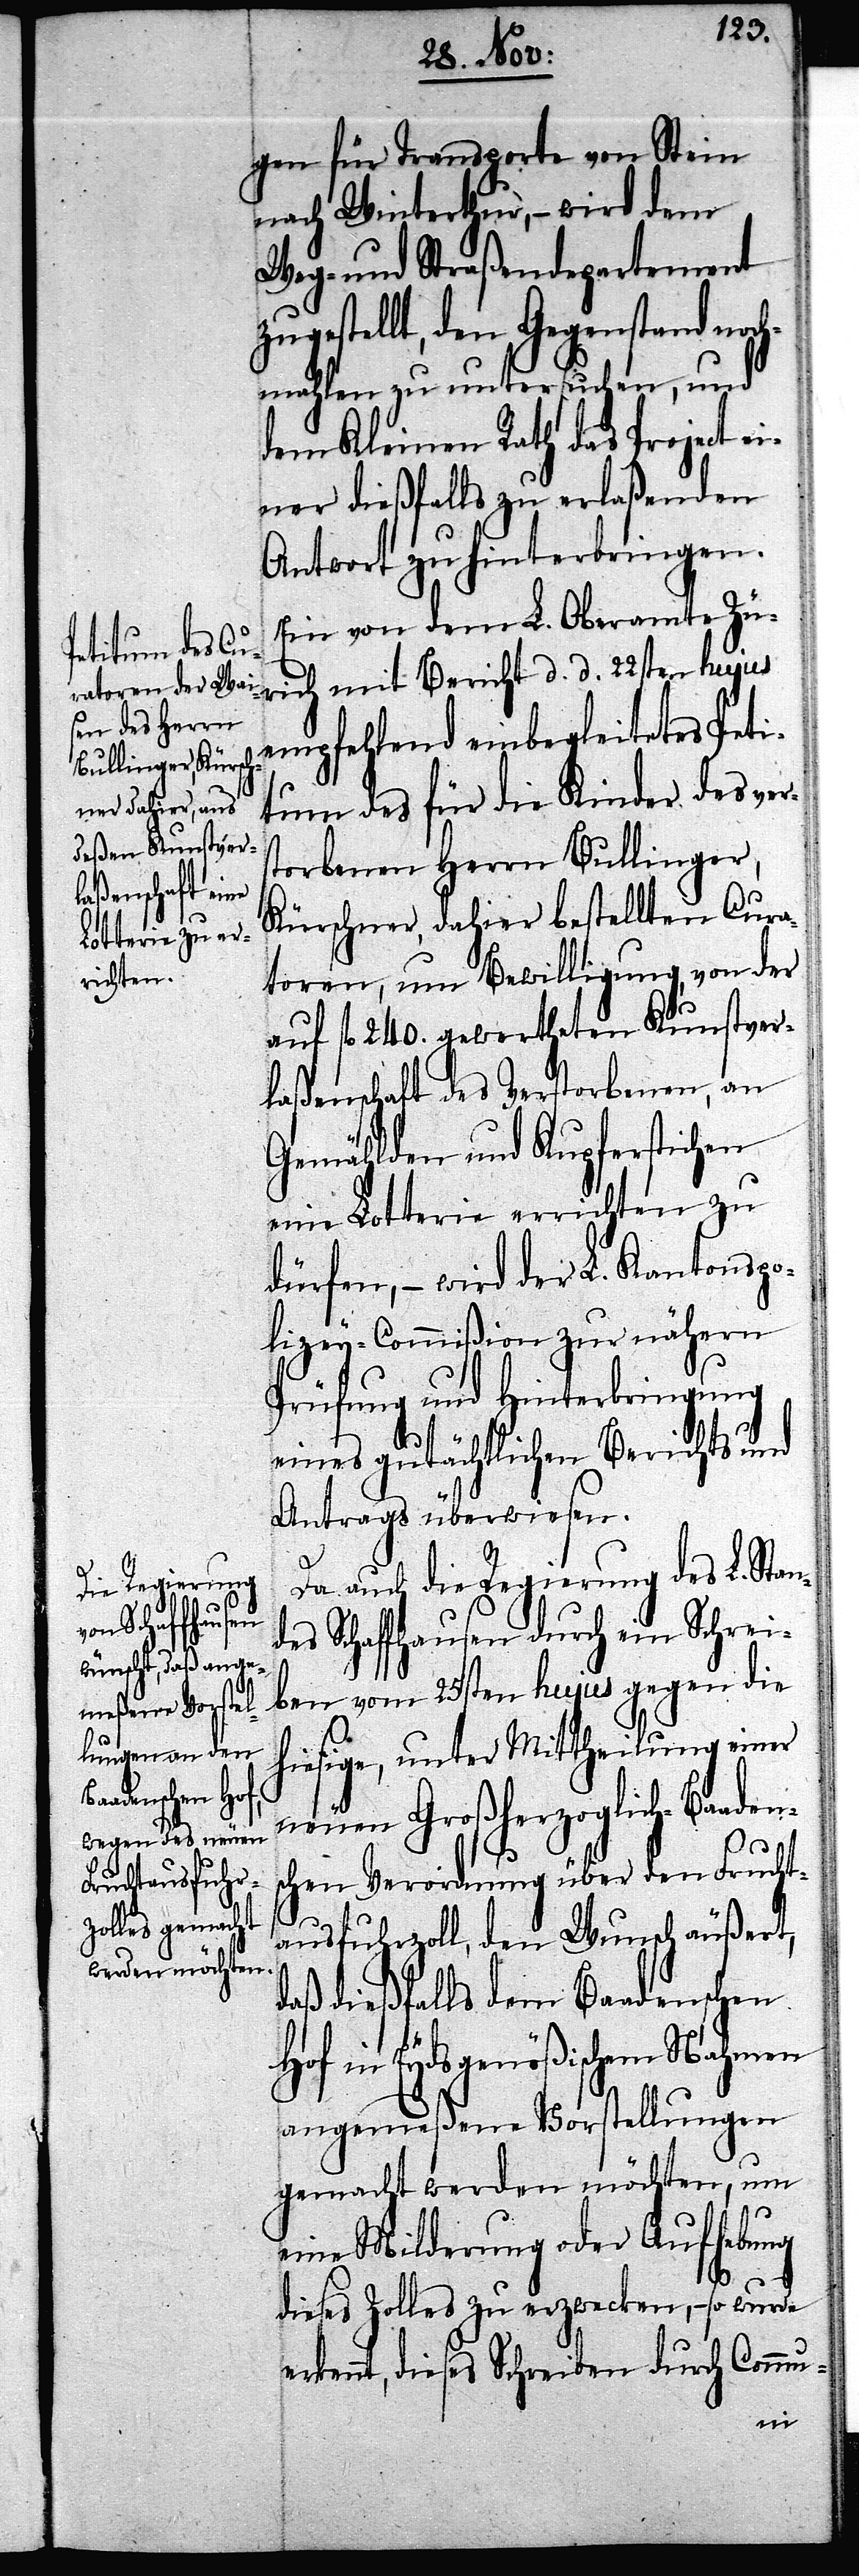
gen für Transporte von Stein
nach Winterthur, – wird dem
Weg- und Straßendepartement
zugestellt, den Gegenstand noc¬
hmahlen zu untersuchen, und
dem Kleinen Rath das Project ei¬
ner dießfalls zu erlaßenden
Antwort zu hinterbringen.
Ein von dem L. Oberamte Zü¬
rich mit Bericht d. d. 22sten hujus
empfehlend einbegleitetes Peti¬
tum des für die Kinder des ver¬
storbenen Herrn Bullinger,
Kürschner, dahier bestellten Cura¬
toren, um Bewilligung, von der
auf fl. 240. gewertheten Kunstver¬
laßenschaft des Verstorbenen, an
Gemählden und Kupferstichen
eine Lotterie errichten zu
dürfen, – wird der L. Kantonspo¬
lizey-Commißion zur nähern
Prüfung und Hinterbringung
eines gutächtlichen Berichts und
Antrags überwiesen.
Da auch die Regierung des L. Stan¬
des Schaffhausen durch ein Schrei¬
ben vom 25sten hujus gegen die
hiesige, unter Mittheilung einer
neuen Großherzoglich-Baad¬
chen Verordnung über den Frucht¬
ausfuhrzoll, den Wunsch äußert,
daß dießfalls dem Baadenschen
Hof in Eydsgenößischem Nahmen
angemeßene Vorstellungen
gemacht werden möchten, um
eine Milderung oder Aufhebung
dieses Zolles zu erzwecken, – so wurde
erkennt, dieses Schreiben durch Commu-
ens¬